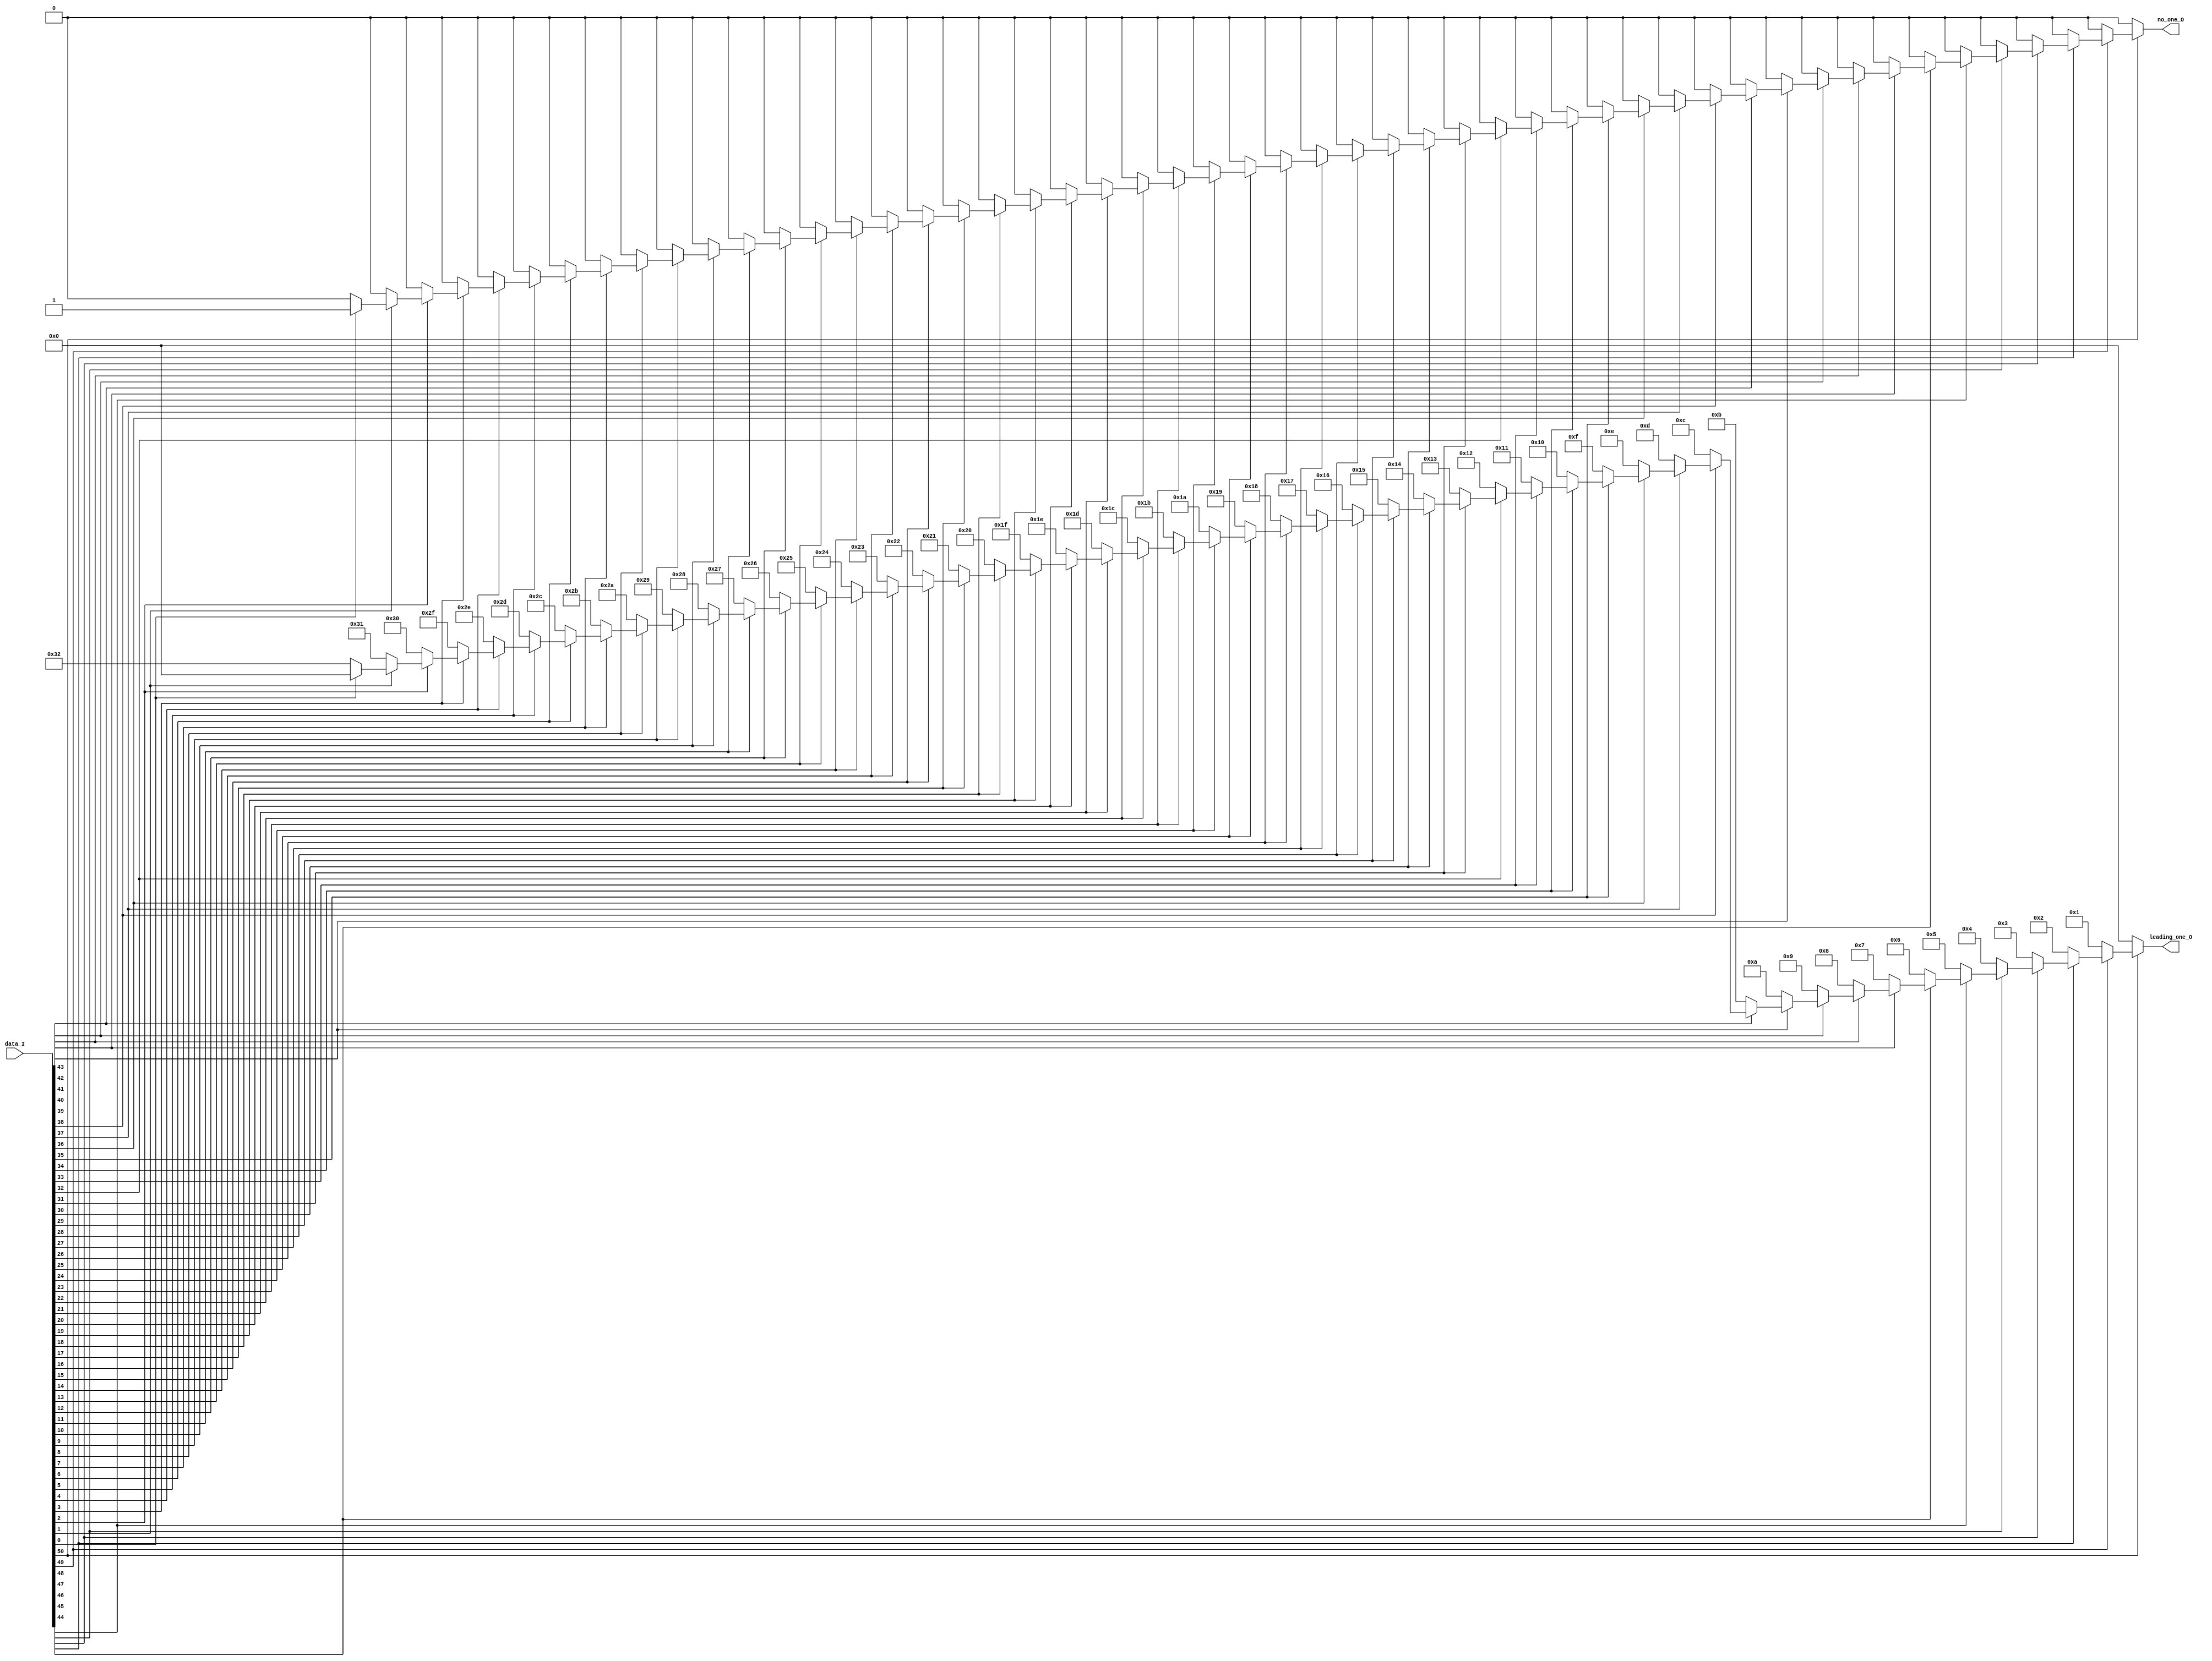
`timescale 1ns/1ns

//import fpu_defs_fmac::*;

module VAR_LZC
#(
   parameter C_WIDTH          = 51,
   parameter C_LEADONE_WIDTH  = 6
)
  (
   input   [C_WIDTH-1:0]                data_I,
   output  reg [C_LEADONE_WIDTH-1:0]    leading_one_O,
   output  reg                          no_one_O
   );

    integer i;

  always @(*)begin
    leading_one_O = 0;
    no_one_O = 1'd1;
    
    for(i=0; i<C_WIDTH; i=i+1)begin
        if(~data_I[i])begin
            leading_one_O = C_WIDTH-1'b1 -i;
            no_one_O = 1'd0;
        end
            
    end


  end

endmodule